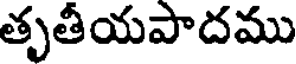
తృతీయపాదము